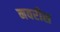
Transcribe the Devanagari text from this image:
नवरीस